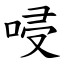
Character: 唚